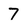
Character: 7